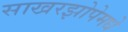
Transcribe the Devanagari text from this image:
साखरझोपेमधे